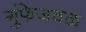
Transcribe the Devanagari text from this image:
गुंफेजवळ